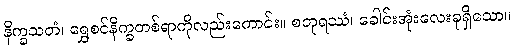
နိက္ခသတံ၊ ရွှေစင်နိက္ခတစ်ရာကိုလည်းကောင်း။ စတုရဿံ၊ ခေါင်းအုံးလေးခုရှိသော။